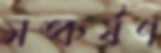
সঙ্কর্ষণ